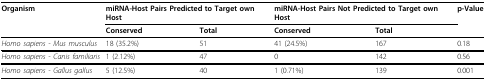
| Organism | <COLSPAN=2> miRNA-Host Pairs Predicted to Target own Host | <COLSPAN=2> miRNA-Host Pairs Not Predicted to Target own Host | p-Value |
 |  | Conserved | Total | Conserved | Total |  |
 | --- | --- | --- | --- | --- | --- |
 | Homo sapiens - Mus musculus | 18 (35.2%) | 51 | 41 (24.5%) | 167 | 0.18 |
 | Homo sapiens - Canis familiaris | 1 (2.12%) | 47 | 0 | 142 | 0.56 |
 | Homo sapiens - Gallus gallus | 5 (12.5%) | 40 | 1 (0.71%) | 139 | 0.001 |